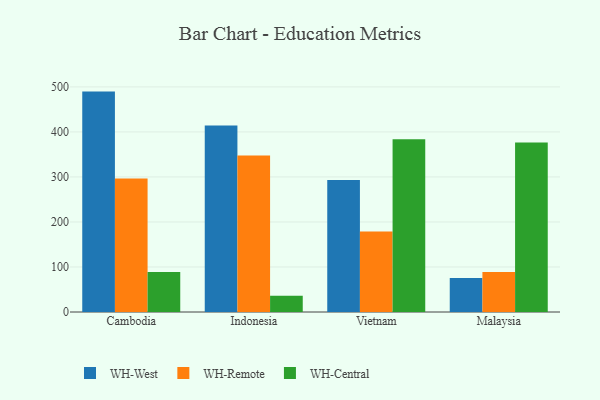
{"axis": {"x": "Country", "y": "Energy Usage (MWh)"}, "legend": ["WH-Central", "WH-Remote", "WH-West"], "data": [{"x": "Cambodia", "y": 489.6, "type": "WH-West"}, {"x": "Cambodia", "y": 296.7, "type": "WH-Remote"}, {"x": "Cambodia", "y": 88.6, "type": "WH-Central"}, {"x": "Indonesia", "y": 414.3, "type": "WH-West"}, {"x": "Indonesia", "y": 347.6, "type": "WH-Remote"}, {"x": "Indonesia", "y": 36.0, "type": "WH-Central"}, {"x": "Vietnam", "y": 293.0, "type": "WH-West"}, {"x": "Vietnam", "y": 178.7, "type": "WH-Remote"}, {"x": "Vietnam", "y": 384.0, "type": "WH-Central"}, {"x": "Malaysia", "y": 75.8, "type": "WH-West"}, {"x": "Malaysia", "y": 88.7, "type": "WH-Remote"}, {"x": "Malaysia", "y": 376.3, "type": "WH-Central"}]}